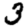
Digit: 3